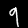
Digit: 9